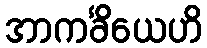
အာကင်္ခိယေဟိ